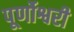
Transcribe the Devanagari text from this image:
पूर्णोश्वरी